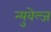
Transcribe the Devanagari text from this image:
न्युवेल्ज